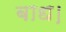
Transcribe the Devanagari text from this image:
बाध।